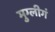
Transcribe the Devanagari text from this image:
मुग्लीगं